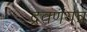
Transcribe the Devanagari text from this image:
द्रवणयंत्र